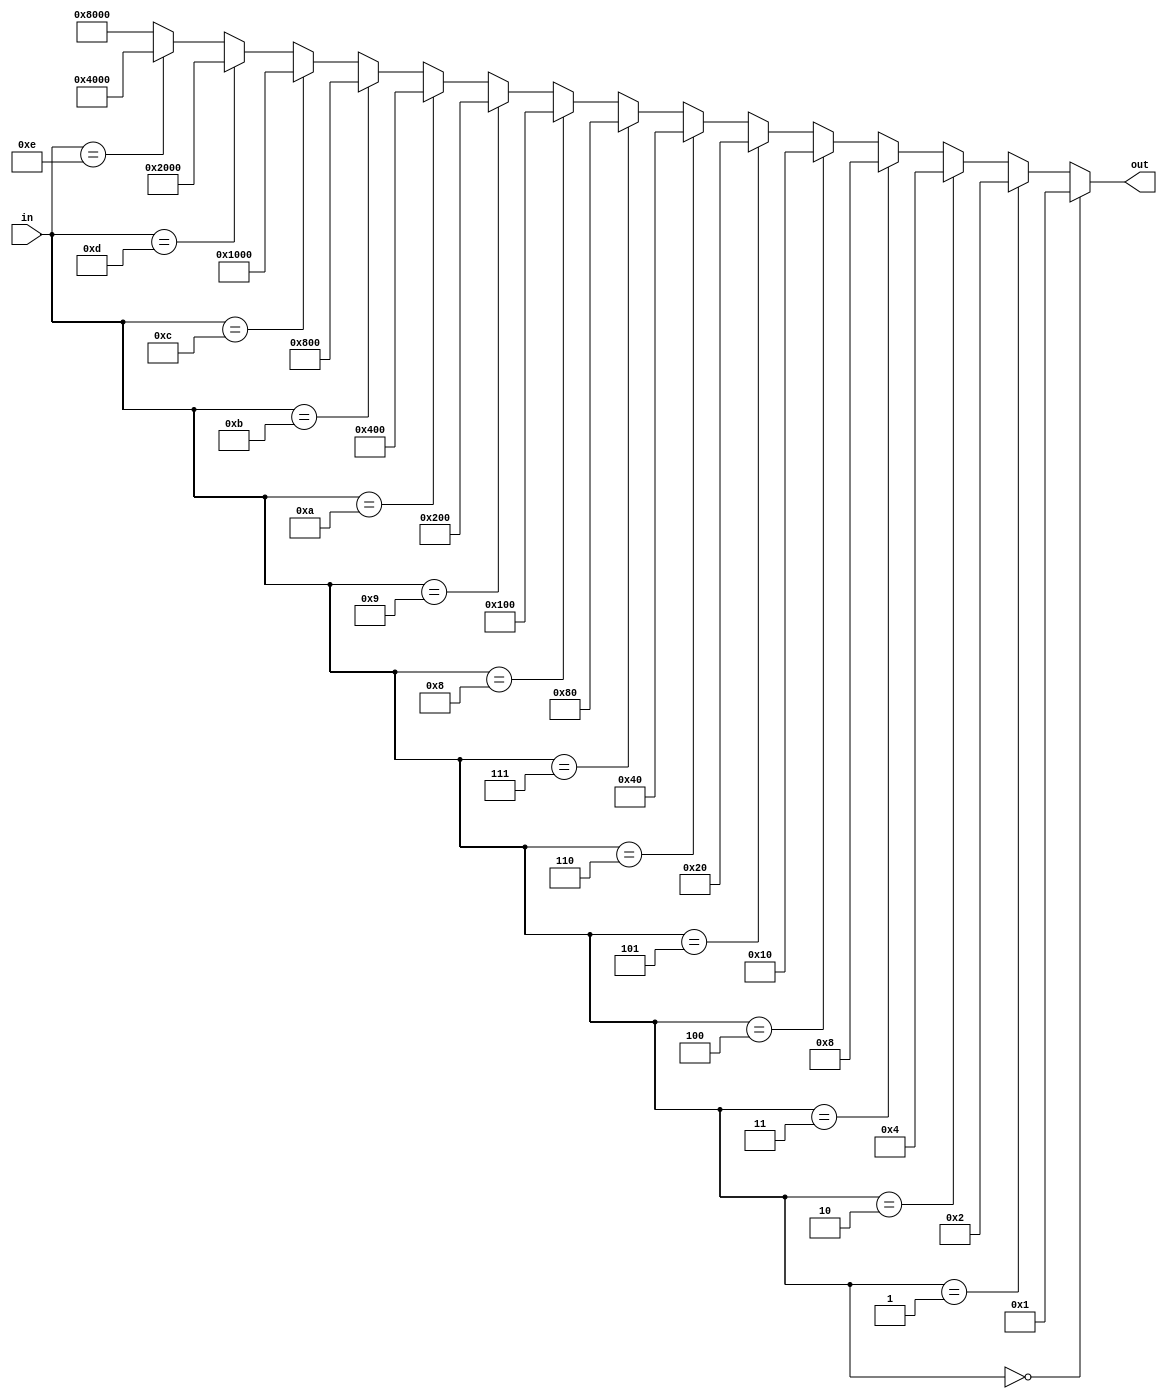
module decoder4to16(
    input wire [3:0] in,  // 4-bit input
    output wire [15:0] out // 16-bit output
);

assign out = (in == 4'b0000) ? 16'b0000_0000_0000_0001 :
             (in == 4'b0001) ? 16'b0000_0000_0000_0010 :
             (in == 4'b0010) ? 16'b0000_0000_0000_0100 :
             (in == 4'b0011) ? 16'b0000_0000_0000_1000 :
             (in == 4'b0100) ? 16'b0000_0000_0001_0000 :
             (in == 4'b0101) ? 16'b0000_0000_0010_0000 :
             (in == 4'b0110) ? 16'b0000_0000_0100_0000 :
             (in == 4'b0111) ? 16'b0000_0000_1000_0000 :
             (in == 4'b1000) ? 16'b0000_0001_0000_0000 :
             (in == 4'b1001) ? 16'b0000_0010_0000_0000 :
             (in == 4'b1010) ? 16'b0000_0100_0000_0000 :
             (in == 4'b1011) ? 16'b0000_1000_0000_0000 :
             (in == 4'b1100) ? 16'b0001_0000_0000_0000 :
             (in == 4'b1101) ? 16'b0010_0000_0000_0000 :
             (in == 4'b1110) ? 16'b0100_0000_0000_0000 :
                               16'b1000_0000_0000_0000;

endmodule